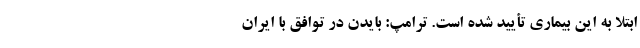
ابتلا به این بیماری تأیید شده است. ترامپ: بایدن در توافق با ایران